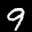
Label: 9